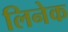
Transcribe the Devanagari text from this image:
लिनेक